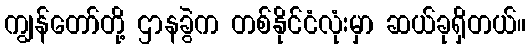
ကျွန်တော်တို့ ဌာနခွဲက တစ်နိုင်ငံလုံးမှာ ဆယ်ခုရှိတယ်။